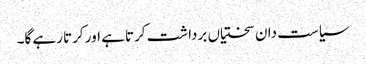
سیاست دان سختیاں برداشت کرتا ہے اور کرتا رہے گا۔